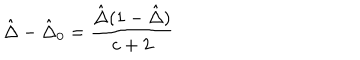
{ \hat { \Delta } } - { \hat { \Delta } } _ { 0 } = \frac { { \hat { \Delta } } ( 1 - { \hat { \Delta } } ) } { c + 2 }